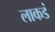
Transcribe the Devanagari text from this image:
लाकडं